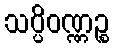
သပ္ပိဝဏ္ဏဉ္စ